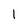
Character: 1